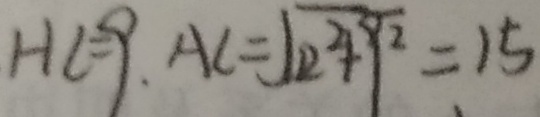
H C = 9 . A C = \sqrt { 1 2 ^ { 2 } + 9 ^ { 2 } } = 1 5